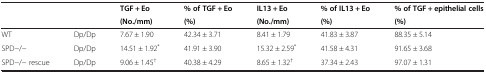
<table><thead><tr><td rowspan="2"></td><td></td><td><b>TGF + Eo</b></td><td><b>% of TGF + Eo</b></td><td><b>IL13 + Eo</b></td><td><b>% of IL13 + Eo</b></td><td><b>% of TGF + epithelial cells</b></td></tr><tr><td></td><td><b>(No./mm)</b></td><td><b>(%)</b></td><td><b>(No./mm)</b></td><td><b>(%)</b></td><td><b>(%)</b></td></tr></thead><tbody><tr><td>WT</td><td>Dp/Dp</td><td>7.67 ± 1.90</td><td>42.34 ± 3.71</td><td>8.41 ± 1.79</td><td>41.83 ± 3.87</td><td>88.35 ± 5.14</td></tr><tr><td>SPD−/−</td><td>Dp/Dp</td><td>14.51 ± 1.92<sup>*</sup></td><td>41.91 ± 3.90</td><td>15.32 ± 2.59<sup>*</sup></td><td>41.58 ± 4.31</td><td>91.65 ± 3.68</td></tr><tr><td>SPD−/− rescue</td><td>Dp/Dp</td><td>9.06 ± 1.45<sup>†</sup></td><td>40.38 ± 4.29</td><td>8.65 ± 1.32<sup>†</sup></td><td>37.34 ± 2.43</td><td>97.07 ± 1.31</td></tr></tbody></table>